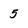
Character: 5